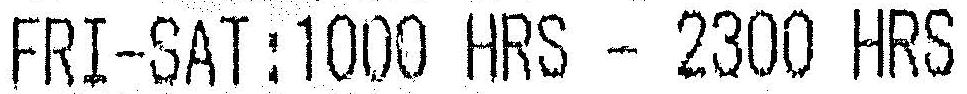
FRI-SAT:1000 HRS - 2300 HRS